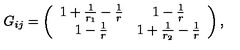
G _ { i j } = \left( \begin{array} { c c } { 1 + \frac { 1 } { r _ { 1 } } - \frac { 1 } { r } } & { 1 - \frac { 1 } { r } } \\ { 1 - \frac { 1 } { r } } & { 1 + \frac { 1 } { r _ { 2 } } - \frac { 1 } { r } } \\ \end{array} \right) ,